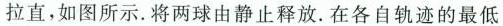
拉直，如图所示。将两球由静止释放。在各自轨迹的最低